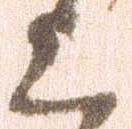
上